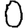
Digit: 0